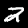
Digit: 2